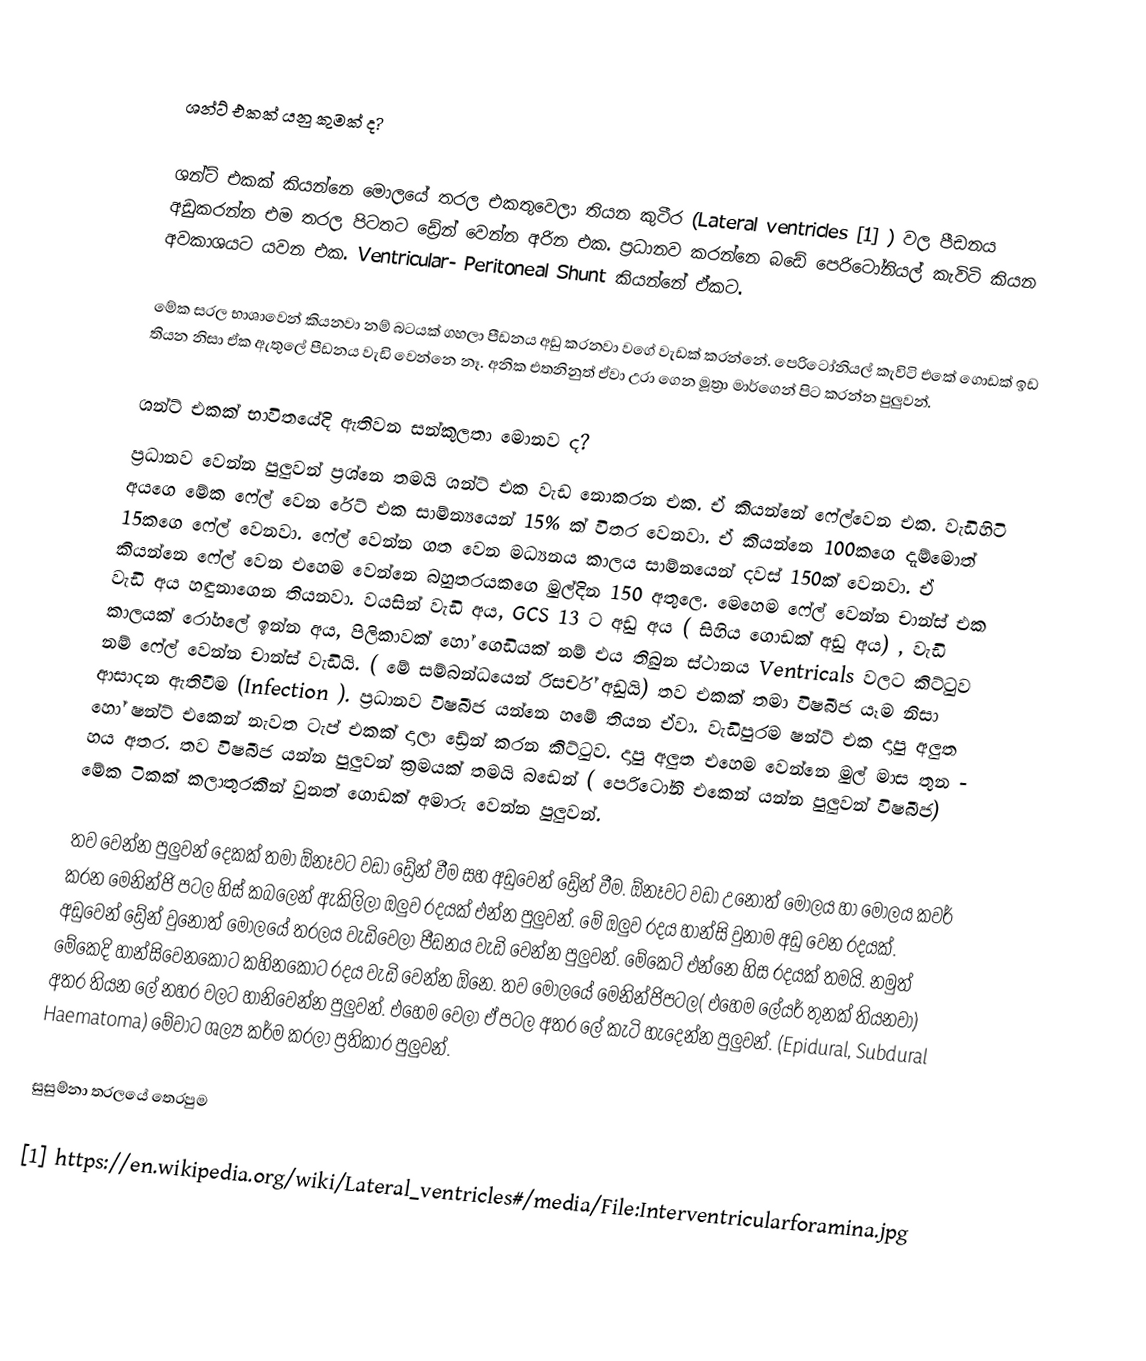

ශන්ට් එකක් යනු කුමක් ද?

ශන්ට් එකක් කියන්නෙ මොලයේ තරල එකතුවෙලා තියන කුටීර (Lateral ventricles [1] ) වල පීඩනය අඩුකරන්න එම තරල පිටතට ඩ්‍රේන් වෙන්න අරින එක. ප්‍රධානව කරන්නෙ බඩේ පෙරිටෝනියල් කැවිටි කියන අවකාශයට යවන එක. Ventricular- Peritoneal Shunt කියන්නේ ඒකට.

මේක සරල භාශාවෙන් කියනවා නම් බටයක් ගහලා පීඩනය අඩු කරනවා වගේ වැඩක් කරන්නේ. පෙරිටෝනියල් කැවිටි එකේ ගොඩක් ඉඩ තියන නිසා ඒක ඇතුලේ පීඩනය වැඩි වෙන්නෙ නෑ. අනික එතනිනුත් ඒවා උරා ගෙන මූත්‍රා මාර්ගෙන් පිට කරන්න පුලුවන්.

ශන්ට් එකක් භාවිතයේදි ඇතිවන සන්කුලතා මොනව ද?
ප්‍රධානව වෙන්න පුලුවන් ප්‍රශ්නෙ තමයි  ශන්ට් එක වැඩ නොකරන එක. ඒ කියන්නේ ෆේල්වෙන එක. වැඩිහිටි අයගෙ මේක ෆේල් වෙන රේට් එක සාම්න්‍යයෙන් 15% ක් විතර වෙනවා. ඒ කියන්නෙ 100කගෙ දැම්මොත් 15කගෙ ෆේල් වෙනවා. ෆේල් වෙන්න ගත වෙන මධ්‍යනය කාලය සාම්නයෙන් දවස් 150ක් වෙනවා. ඒ කියන්නෙ ෆේල් වෙන එහෙම වෙන්නෙ බහුතරයකගෙ මුල්දින 150 අතුලෙ. මෙහෙම ෆේල් වෙන්න චාන්ස් එක වැඩි අය හඳුනාගෙන තියනවා. වයසින් වැඩි අය, GCS 13 ට අඩු අය ( සිහිය ගොඩක් අඩු අය) , වැඩි කාලයක් රෝහලේ ඉන්න අය, පිලිකාවක් හෝ ගෙඩියක් නම් එය තිබුන ස්ථානය Ventricals  වලට කිට්ටුව නම් ෆේල් වෙන්න චාන්ස් වැඩියි. ( මේ සම්බන්ධයෙන් රිසර්ච් අඩුයි) තව එකක් තමා විෂබීජ යෑම නිසා ආසාදන ඇතිවීම (Infection ). ප්‍රධානව විෂබීජ යන්නෙ හමේ තියන ඒවා. වැඩිපුරම ෂන්ට් එක දාපු අලුත හෝ ෂන්ට් එකෙන් නැවත ටැප් එකක් දාලා ඩ්‍රේන් කරන කිට්ටුව. දාපු අලුත එහෙම වෙන්නෙ මුල් මාස තුන - හය අතර. තව විෂබීජ යන්න පුලුවන් ක්‍රමයක් තමයි බඩෙන් ( පෙරිටෝනි එකෙන් යන්න පුලුවන් විෂබීජ)  මේක ටිකක් කලාතුරකින් වුනත් ගොඩක් අමාරු වෙන්න පුලුවන්.

තව වෙන්න පුලුවන් දෙකක් තමා ඕනෑවට වඩා ඩ්‍රේන් වීම සහ අඩුවෙන් ඩ්‍රේන් වීම. ඕනෑවට වඩා උනොත් මොලය  හා මොලය කවර් කරන මෙනින්ජි පටල හිස් කබලෙන් ඇකිලිලා ඔලුව රදයක් එන්න පුලුවන්. මේ ඔලුව රදය හාන්සි වුනාම අඩු වෙන රදයක්. අඩුවෙන් ඩ්‍රේන් වුනොත් මොලයේ තරලය වැඩිවෙලා පීඩනය වැඩි වෙන්න පුලුවන්. මේකෙට් එන්නෙ හිස රදයක් තමයි. නමුත් මේකෙදි හාන්සිවෙනකොට කහිනකොට රදය වැඩි වෙන්න ඕනෙ. තව මොලයේ මෙනින්ජිපටල( එහෙම ලේයර් තුනක් තියනවා)  අතර තියන ලේ නහර වලට හානිවෙන්න පුලුවන්. එහෙම වෙලා ඒ පටල අතර ලේ කැටි හැදෙන්න පුලුවන්. (Epidural, Subdural Haematoma) මේවාට ශල්‍ය කර්ම කරලා ප්‍රතිකාර පුලුවන්.

සුසුම්නා තරලයේ තෙරපුම

[1] https://en.wikipedia.org/wiki/Lateral_ventricles#/media/File:Interventricularforamina.jpg